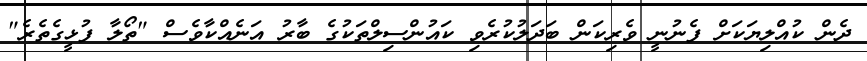
ދެން ކުއްލިޔަކަށް ފެނުނީ ވެރިކަން ބަދަލުކުރެވި ކައުންސިލްތަކުގެ ބާރު އަނެއްކާވެސް "ތޯލާ ފުޅީގެތެރެ"